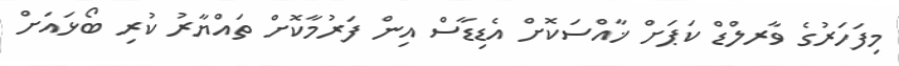
މިފަހަރުގެ ވާރލްޑް ކަޕަށް ޚާއްސަކޮށް އެޑިޑާސް އިން ފަރުމާކޮށް ތައްޔާރު ކުރި ބޯޅައަށް